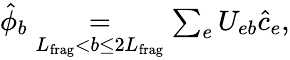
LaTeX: \begin{array}{r}{\hat{\phi}_{b}\underset{{L}_{\mathrm{frag}}<b\leq 2{L}_{\mathrm{frag}}}{=}\sum_{e}U_{eb}\hat{c}_{e},}\end{array}